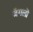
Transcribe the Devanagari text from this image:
जॅगलॊ